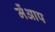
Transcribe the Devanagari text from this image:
मेंआप